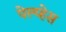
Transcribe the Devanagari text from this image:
पेल्य्हेस